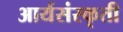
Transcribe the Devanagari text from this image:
आर्यसंस्कृती